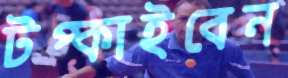
টপ্‌কাইবেন